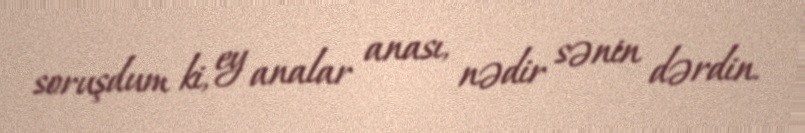
soruşdum ki, ey analar anası, nədir sənin dərdin.